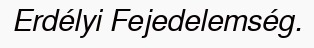
Erdélyi Fejedelemség.